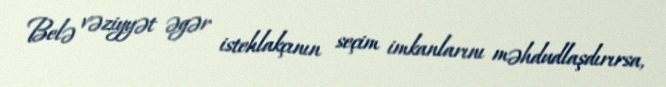
Belə vəziyyət əgər istehlakçının seçim imkanlarını məhdudlaşdırırsa,